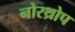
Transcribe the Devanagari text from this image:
नोरथ्रोप